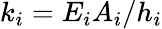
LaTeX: k_{i}=E_{i}A_{i}/h_{i}